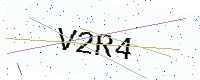
Text: V2R4